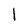
Character: l